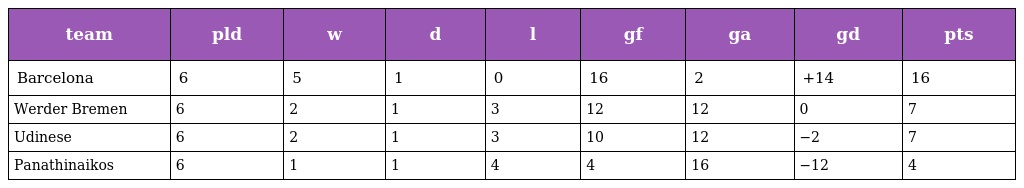
| team | pld | w | d | l | gf | ga | gd | pts |
 | --- | --- | --- | --- | --- | --- | --- | --- | --- |
 | Barcelona | 6 | 5 | 1 | 0 | 16 | 2 | +14 | 16 |
 | Werder Bremen | 6 | 2 | 1 | 3 | 12 | 12 | 0 | 7 |
 | Udinese | 6 | 2 | 1 | 3 | 10 | 12 | −2 | 7 |
 | Panathinaikos | 6 | 1 | 1 | 4 | 4 | 16 | −12 | 4 |